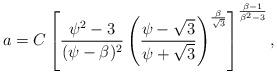
LaTeX: \begin{align*}a = C\left[\frac{\psi^2-3}{(\psi-\beta)^2}\left(\frac{\psi-\sqrt3}{\psi+\sqrt3}\right)^{\frac{\beta}{\sqrt3}}\right]^{\frac{\beta-1}{\beta^2-3}},\end{align*}